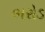
ભરોડ